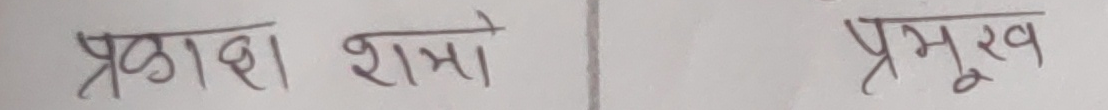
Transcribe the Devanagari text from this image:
प्रकाशन शाखा प्रमुख